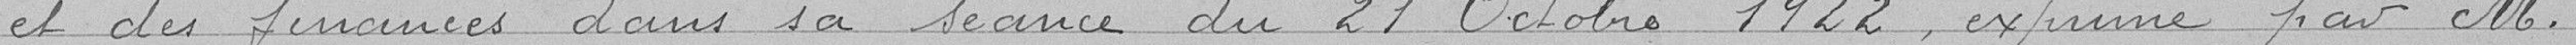
et des finances dans sa séance du 21 Octobre 1922, exprimé par M.